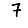
Digit: 7